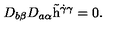
D _ { b \beta } D _ { a \alpha } \tilde { \mathrm { h } } ^ { \dot { \gamma } \gamma } = 0 .